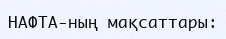
НАФТА-ның мақсаттары: